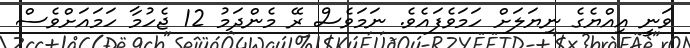
ވަނީ އިއްޔެގެ ނިޔަލަށް ހަމަވެފައެވެ. ނަމަވެސް ރޭ މެންދަމު 12 ޖެހުމާ ހަމައަށްވެސް